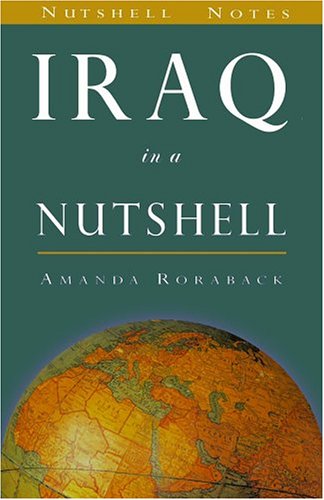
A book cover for Iraq in a Nutshell (Nutshell Notes); Amanda Roraback; Travel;